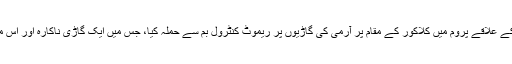
25 اکتوبر منگل کے روز ضلع پنجگور کے علاقے پروم میں کلاکور کے مقام پر آرمی کی گاڑیوں پر ریموٹ کنٹرول بم سے حملہ کیا، جس میں ایک گاڑی ناکارہ اور اُس میں سوار تمام اہلکار ہلاک و زخمی ہوئے۔